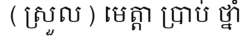
( ស្រួល ) មេត្តា ប្រាប់ ថ្នាំ